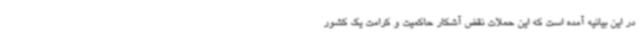
در این بیانیه آمده است که این حملات نقض آشکار حاکمیت و کرامت یک کشور